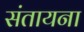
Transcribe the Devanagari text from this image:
संतायना